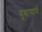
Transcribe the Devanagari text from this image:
युवाचार्य